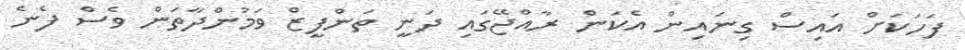
ފަހަކަށް އައިސް ގިނައިން އެކަން ރާއްޖޭގައި ދަނީ ތަންފީޒް ވަމުންދާތަން ވެސް ފެނެ